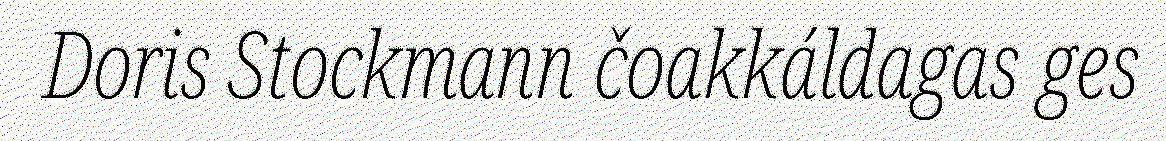
Doris Stockmann čoakkáldagas ges